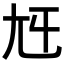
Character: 𡯍